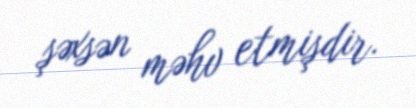
şəxsən məhv etmişdir.